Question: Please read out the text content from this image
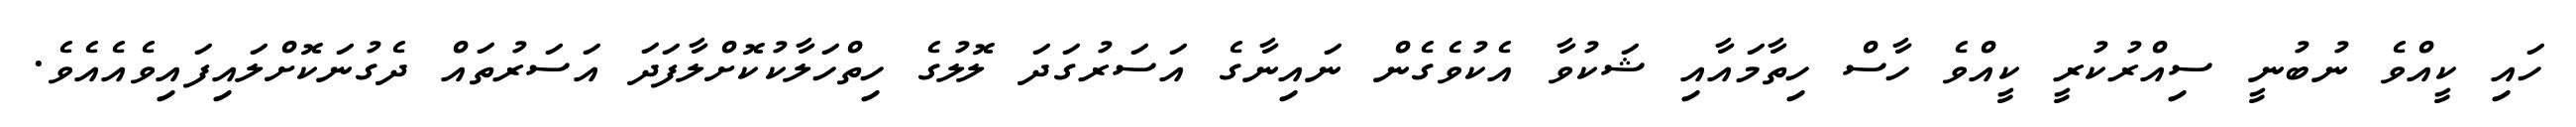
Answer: ހައި ކީއްވެ ނުބުނީ ސިއްރުކުރީ ކީއްވެ ހާސް ހިތާމައާއި ޝަކުވާ އެކުވެގެން ނައިނާގެ އަސަރުގަދަ ލޮލުގެ ހިތްހަލާކުކޮށްލާފަދަ އަސަރުތައް ދެގުނަކޮށްލައިފައިވެއެއެވެ.